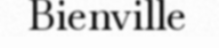
Bienville